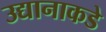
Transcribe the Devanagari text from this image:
उद्यानाकडे